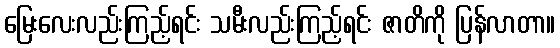
မြေးလေးလည်းကြည့်ရင်း သမီးလည်းကြည့်ရင်း ဇာတိကို ပြန်လာတာ။